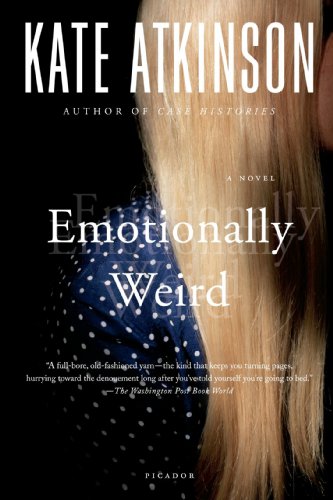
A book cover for Emotionally Weird: A Novel; Kate Atkinson; Literature & Fiction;